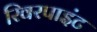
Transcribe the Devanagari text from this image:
रिवरपाइंट